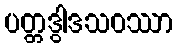
ပတ္တဒွါဒသဝဿာ